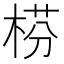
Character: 𣔄